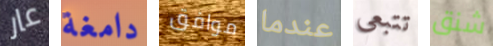
عار دامغة موافق عندما تتبعي شنق